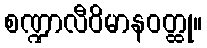
စဏ္ဍာလီဝိမာနဝတ္ထု။